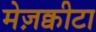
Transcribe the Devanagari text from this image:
मेज़क्वीटा